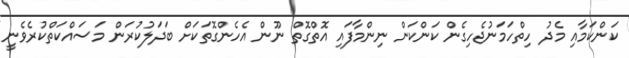
ކަންކަމާއި މެދު ހިތްހަމަނުޖެހިގެން ކަންކަން ނިންމާފައި އޮތްގޮތް ނޫން އެހެންގޮތަކަށް ބަދަލުކުރަން މަސައްކަތްކުރެވެނީ